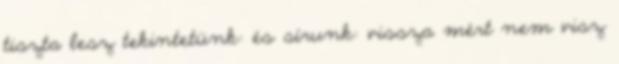
tiszta lesz tekintetünk: és sírunk: vissza mért nem visz